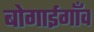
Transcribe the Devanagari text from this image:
बोगाईगाँव